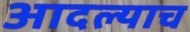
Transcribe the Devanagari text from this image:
आदल्याच